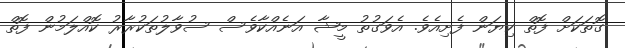
ގޮތަކަށް ފޮތް ކިޔަން ފެށިއެވެ. އެވަގުތު މީޝާ އަނެއްކާވެސް ސުވާލުތަކުރާރު ކޮއްލަމުން ފޮތް